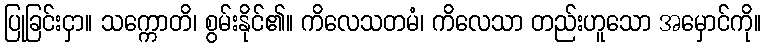
ပြုခြင်းငှာ။ သက္ကောတိ၊ စွမ်းနိုင်၏။ ကိလေသတမံ၊ ကိလေသာ တည်းဟူသော အမှောင်ကို။